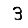
Digit: 3